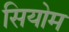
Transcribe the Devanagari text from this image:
सियोम